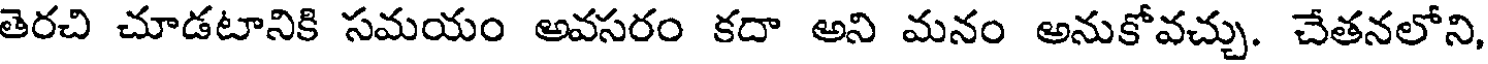
తెరచి చూడటానికి సమయం అవసరం కదా అని మనం అనుకోవచ్చు. చేతనలోని,